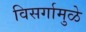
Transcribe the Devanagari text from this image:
विसर्गामुळे